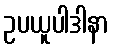
ဥပယူပါဒါနာ